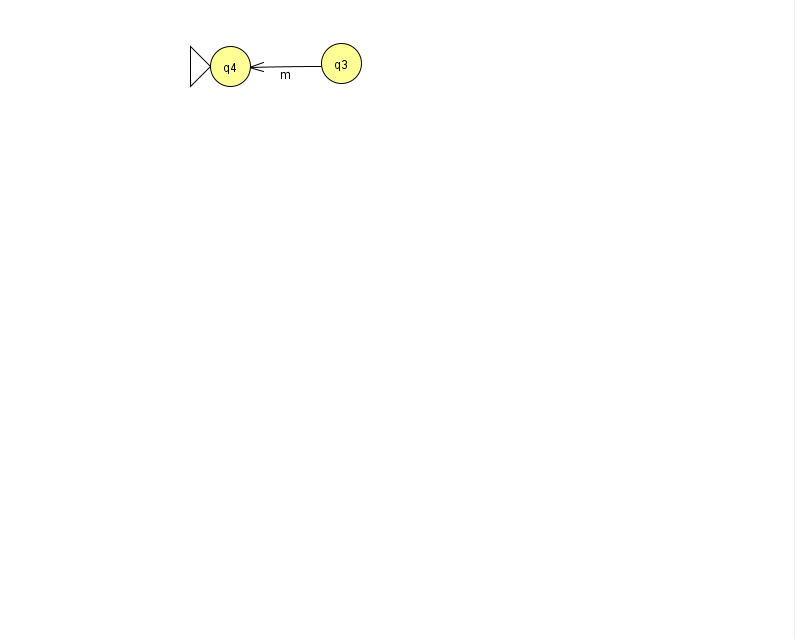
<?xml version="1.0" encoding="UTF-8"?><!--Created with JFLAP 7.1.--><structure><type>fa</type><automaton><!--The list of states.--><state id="3" name="q3"><x>341.0</x><y>50.0</y></state><state id="4" name="q4"><x>230.0</x><y>53.0</y><initial/></state><!--The list of transitions.--><transition><from>3</from><to>4</to><read>m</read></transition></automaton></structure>